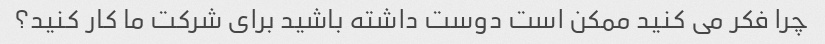
چرا فکر می کنید ممکن است دوست داشته باشید برای شرکت ما کار کنید؟